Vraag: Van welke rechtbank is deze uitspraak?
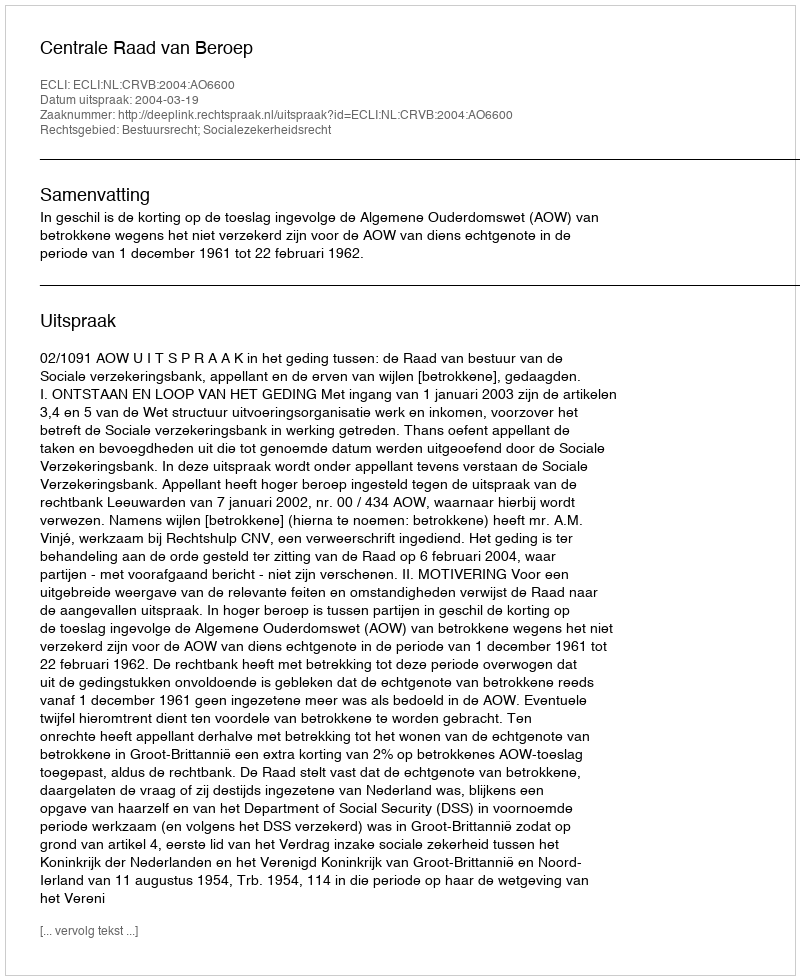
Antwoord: Centrale Raad van Beroep